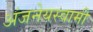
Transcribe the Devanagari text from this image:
अंजनेयस्‍वामी